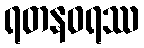
ရတနဝရဿ